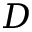
D